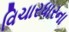
વિચારધારના